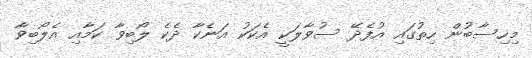
މިހިސާބުން ހިތުގައި އުފެދޭ ސުވާލަކީ އެކަކު އަނެކާ ދެކެ ލޯބިވާ ކަމާއި އެލޯބިވާ